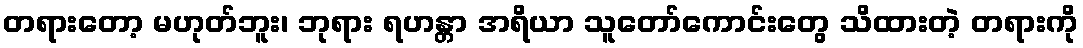
တရားတော့ မဟုတ်ဘူး၊ ဘုရား ရဟန္တာ အရိယာ သူတော်ကောင်းတွေ သိထားတဲ့ တရားကို